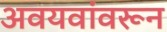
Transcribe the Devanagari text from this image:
अवयवांवरून